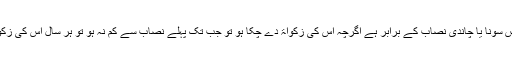
جس کے پاس سونا یا چاندی نصاب کے برابر ہے اگرچہ اس کی زکواۃ دے چکا ہو تو جب تک پہلے نصاب سے کم نہ ہو تو ہر سال اس کی زکواۃ ادا کرے۔